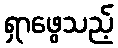
ရှာဖွေသည့်